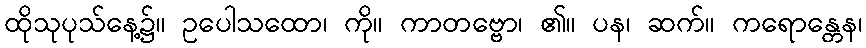
ထိုသုပုသ်နေ့၌။ ဥပေါသထော၊ ကို။ ကာတဗ္ဗော၊ ၏။ ပန၊ ဆက်။ ကရောန္တေန၊